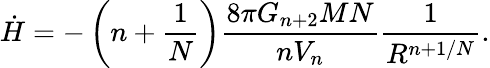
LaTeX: \dot{H}=-\left(n+\frac{1}{N}\right)\frac{8\pi G_{n+2}MN}{nV_{n}}\frac{1}{R^{n+1/N}}.